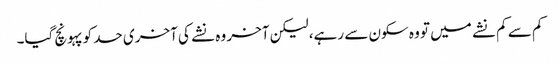
کم سے کم نشے میں تو وہ سکون سے رہے، لیکن آخر وہ نشے کی آخری حد کو پہونچ گیا۔